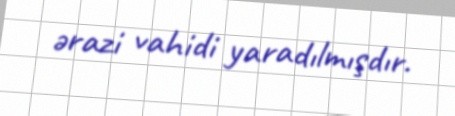
ərazi vahidi yaradılmışdır.